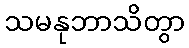
သမနုဘာသိတွာ